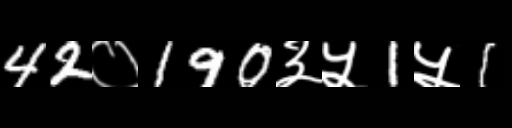
Text: 42०190३५1५1